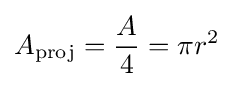
A_{\text{proj}}={\frac {A}{4}}=\pi r^{2}